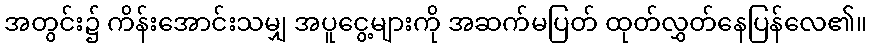
အတွင်း၌ ကိန်းအောင်းသမျှ အပူငွေ့များကို အဆက်မပြတ် ထုတ်လွှတ်နေပြန်လေ၏။